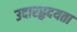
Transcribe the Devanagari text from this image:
उदारहृदयता